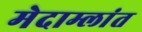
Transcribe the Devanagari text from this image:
मेदाम्लांत